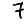
Digit: 7